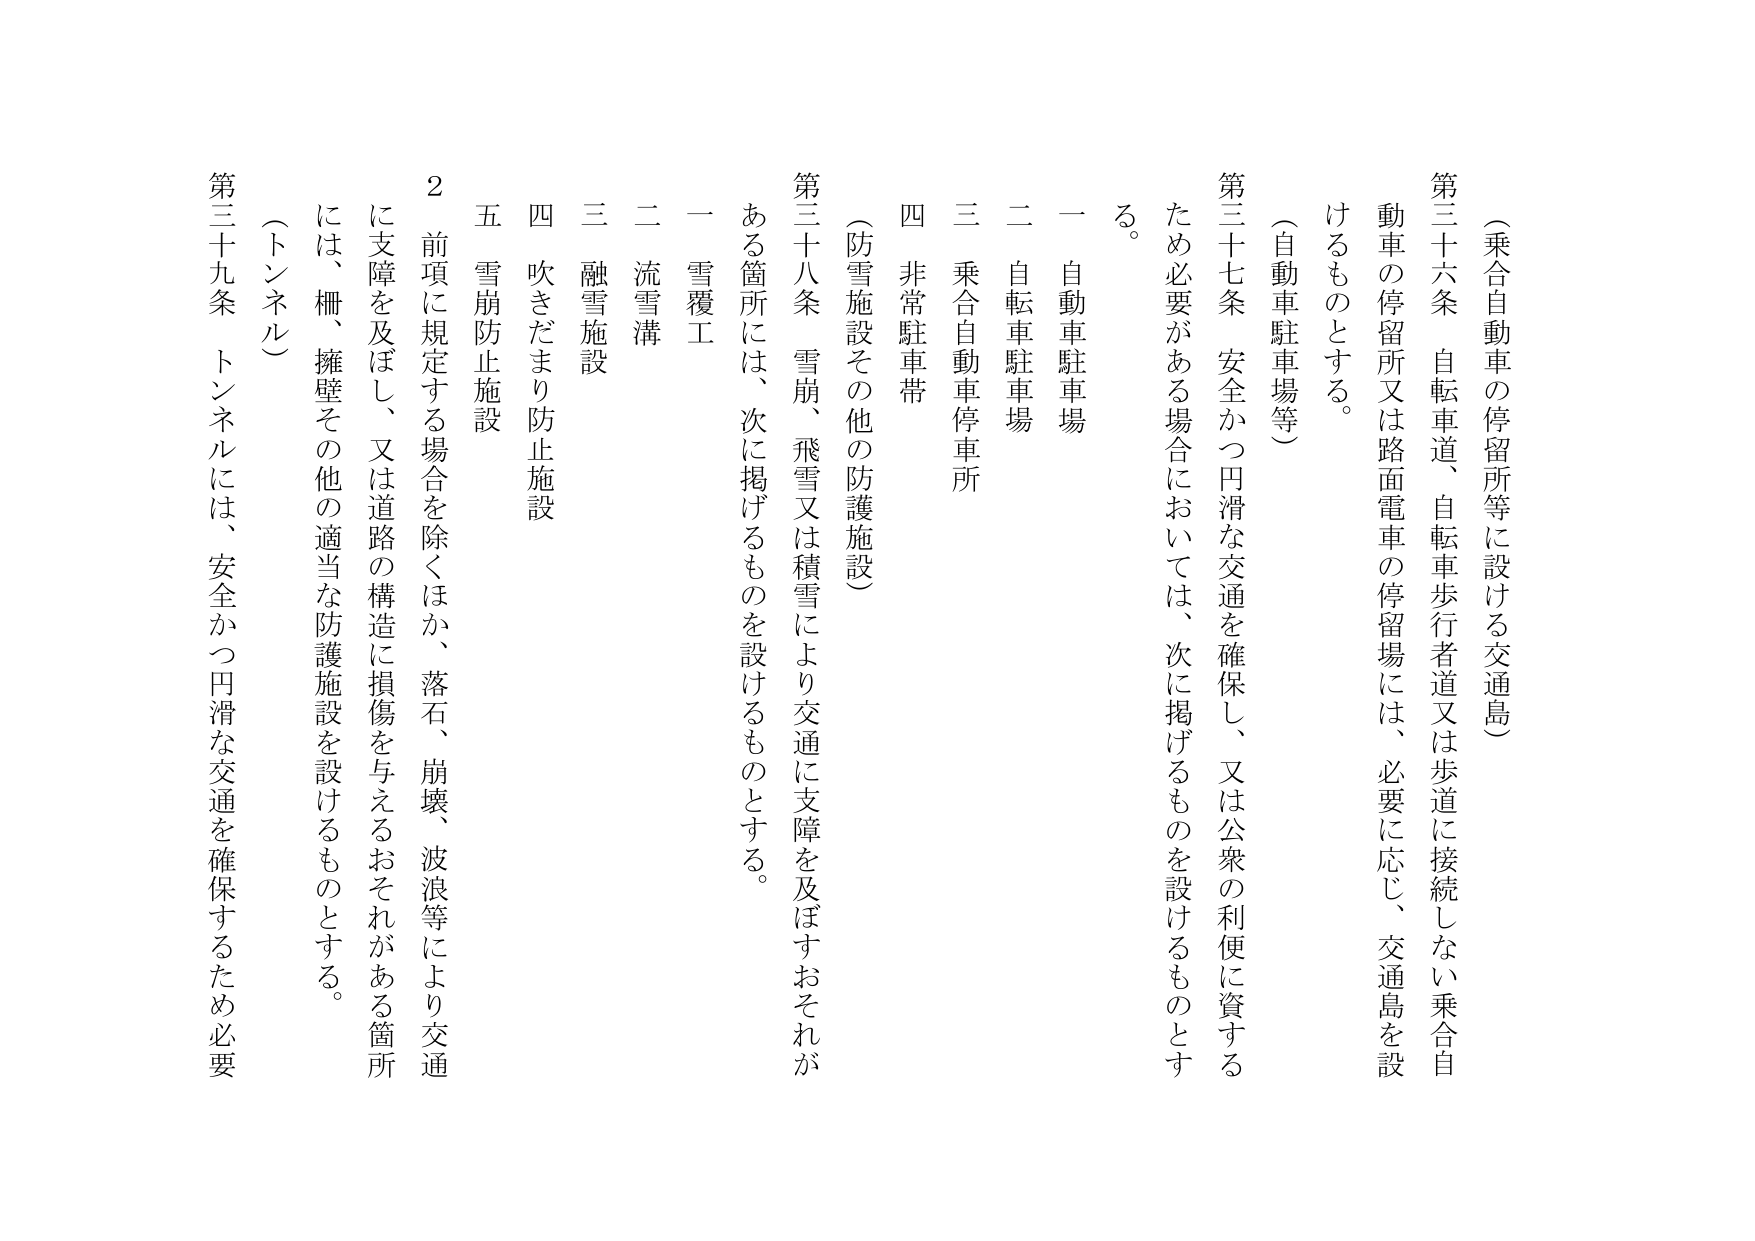
（乗合自動車の停留所等に設ける交通島）

第三十六条 自転車道、自転車歩行者道又は歩道に接続しない乗合自動車の停留所又は路面電車の停留場には、必要に応じ、交通島を設けるものとする。

（自動車駐車場等）

第三十七条 安全かつ円滑な交通を確保し、又は公衆の利便に資するため必要がある場合においては、次に掲げるものを設けるものとする。

一 自動車駐車場
二 自転車駐車場
三 乗合自動車停車所
四 非常駐車帯

（防雪施設その他の防護施設）

第三十八条 雪崩、飛雪又は積雪により交通に支障を及ぼすおそれがある箇所には、次に掲げるものを設けるものとする。

一 雪覆工
二 流雪溝
三 融雪施設
四 吹きだまり防止施設
五 雪崩防止施設

２ 前項に規定する場合を除くほか、落石、崩壊、波浪等により交通に支障を及ぼし、又は道路の構造に損傷を与えるおそれがある箇所には、柵、擁壁その他の適当な防護施設を設けるものとする。

（トンネル）

第三十九条 トンネルには、安全かつ円滑な交通を確保するため必要